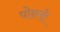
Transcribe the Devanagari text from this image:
पोल्ली